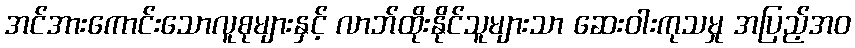
အင်အားကောင်းသောလူစုများနှင့် လာဘ်ထိုးနိုင်သူများသာ ဆေးဝါးကုသမှု အပြည့်အဝ